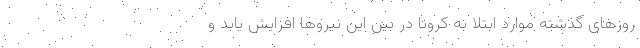
روزهای گذشته موارد ابتلا به کرونا در بین این نیروها افزایش یابد و